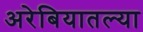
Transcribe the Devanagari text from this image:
अरेबियातल्या